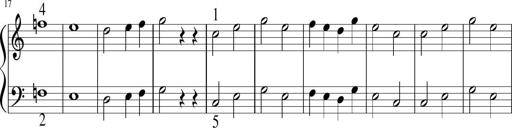
Title: 6 Instructive Sonatinas
Composer: Jacob Schmitt